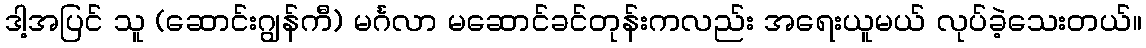
ဒါ့အပြင် သူ (ဆောင်းဂျွန်ကီ) မင်္ဂလာ မဆောင်ခင်တုန်းကလည်း အရေးယူမယ် လုပ်ခဲ့သေးတယ်။